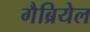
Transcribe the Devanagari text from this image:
गैब्रियेल